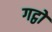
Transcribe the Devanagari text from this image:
गट्ठों